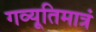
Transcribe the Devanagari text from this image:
गव्यूतिमात्रं